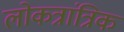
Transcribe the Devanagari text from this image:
लोकत्रांत्रिक